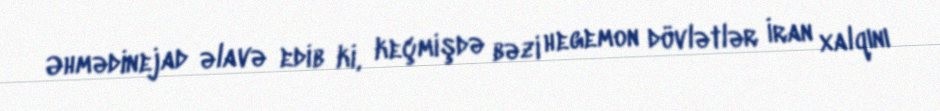
Əhmədinejad əlavə edib ki, keçmişdə bəzi hegemon dövlətlər İran xalqını